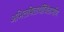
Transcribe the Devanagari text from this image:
अभिलषितार्थीचिंतामणि